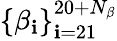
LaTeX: \{ \beta_{\mathbf{i}}\} _{\mathbf{i}=21}^{20+N_{\beta}}